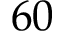
6 0